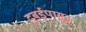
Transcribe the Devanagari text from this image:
दुबईपासून